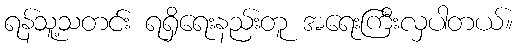
ရန်သူ့သတင်း ရရှိရေးနည်းတူ အရေးကြီးလှပါတယ်။